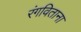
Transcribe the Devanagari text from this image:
रंगविताना